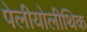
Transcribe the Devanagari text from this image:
पेलीयोलीथिक